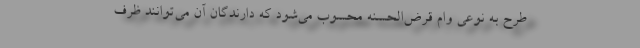
طرح به نوعی وام قرض‌الحسنه محسوب می‌شود که دارندگان آن می‌توانند ظرف